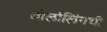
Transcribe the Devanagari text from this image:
तोलोलिंगची